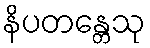
နိပတန္တေသု